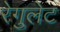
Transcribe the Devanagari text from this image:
रेगुलेट